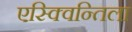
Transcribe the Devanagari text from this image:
एस्क्विन्तिला